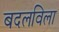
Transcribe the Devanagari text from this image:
बदलविला